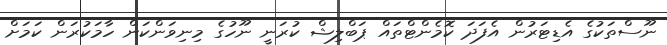
ނޫސްތަކުގެ އެޑިޓަރުން އެފަދަ ކޮމެންޓްތައް ޕަބްލިޝް ކުރަނީ ނޫހުގެ މިނިވަންކަން ހާމަކުރަން ކަމަށް